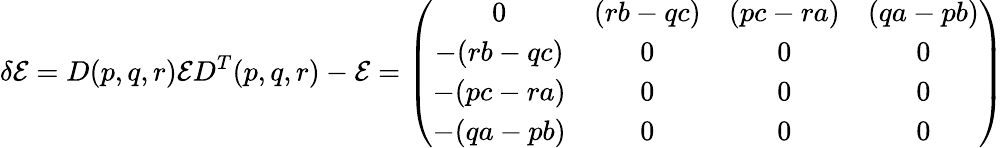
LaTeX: \delta{\cal E}=D(p,q,r){\cal E}D^{T}(p,q,r)-{\cal E}=\left(\begin{array}{cccc}{{0}}&{{(rb-qc)}}&{{(pc-ra)}}&{{(qa-pb)}}\\ {{-(rb-qc)}}&{{0}}&{{0}}&{{0}}\\ {{-(pc-ra)}}&{{0}}&{{0}}&{{0}}\\ {{-(qa-pb)}}&{{0}}&{{0}}&{{0}}\end{array}\right)